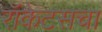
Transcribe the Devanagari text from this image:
रॉकेटसचा